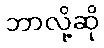
ဘာလို့ဆို